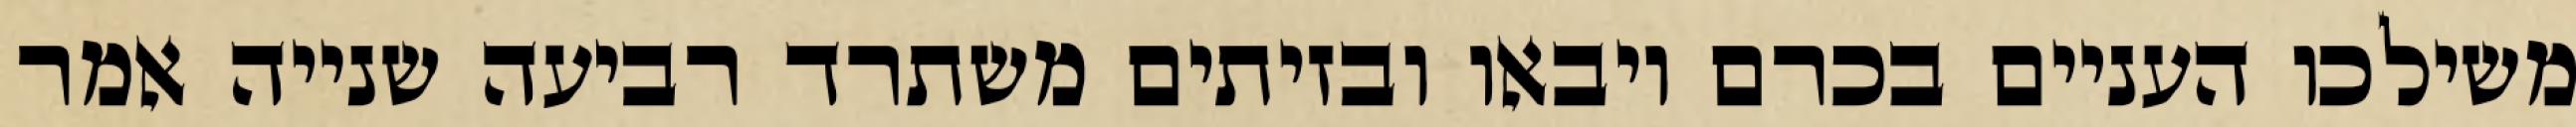
משילכו העניים בכרם ויבאו ובזיתים משתרד רביעה שנייה אמר